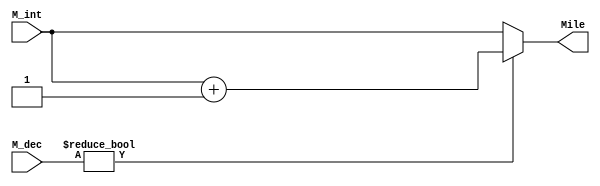
module quzheng ( M_int,M_dec,Mile ) ;	//
	input [12:0] M_int ;  //
	input [3:0] M_dec ;	//
	output [12:0] Mile ;
	reg [12:0] Mile ;
	always @ ( M_int,M_dec )
		begin
			if (M_dec !=0)	Mile <= M_int+1 ;	//
				else Mile <= M_int ;		//
		end
endmodule